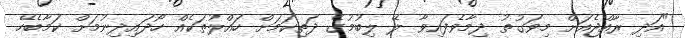
"އަދި ރާއްޖެއަށް މިވަގުތު ދިމާވެފައިވާ ލޭ ލިބުމުގެ ދަތިކަމަށް ހައްލުތަކެއް ހޯދައިދިނުމަށް ކަމާބެހޭ